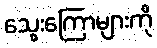
သွေးကြောများကို